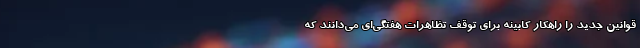
قوانین جدید را راهکار کابینه برای توقف تظاهرات هفتگی‌ای می‌دانند که